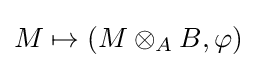
M\mapsto (M\otimes _{A}B,\varphi )